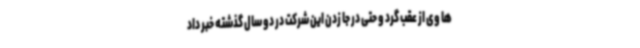
ها وی از عقب گرد و حتی در جا زدن این شرکت در دو سال گذشته خبر داد